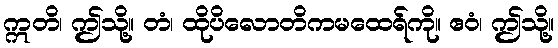
ဣတိ၊ ဤသို့။ တံ၊ ထိုပိလောတိကမထေရ်ကို။ ဧဝံ၊ ဤသို့။